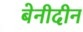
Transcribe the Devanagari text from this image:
बेनीदीन